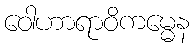
ဝေါဟာရာဝိကမ္မေန